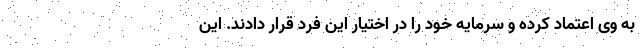
به وی اعتماد کرده و سرمایه خود را در اختیار این فرد قرار دادند. این